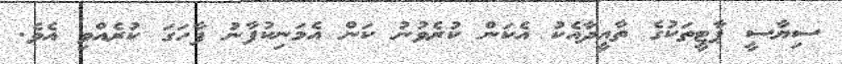
ސިޔާސީ ޕާޓީތަކުގެ ތާއީދާއެކު އެކަން ކުރެވުނު ކަން އެމަނިކުފާނު ފާހަގަ ކުރެއްވި އެވެ.